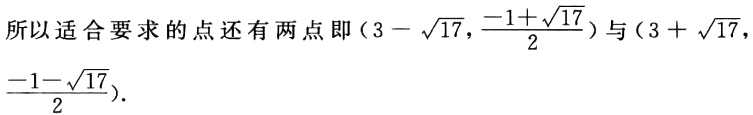
所以适合要求的点还有两点即\((3 - \sqrt{17},\frac{-1 + \sqrt{17}}{2})\)与\((3 + \sqrt{17},\frac{-1 - \sqrt{17}}{2})\).